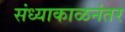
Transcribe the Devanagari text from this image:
संध्याकाळनंतर